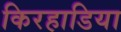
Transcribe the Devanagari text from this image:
किरहाडिया